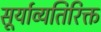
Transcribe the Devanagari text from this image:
सूर्याव्यतिरिक्त